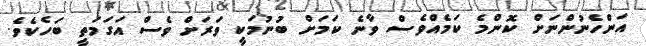
އަންހެނުންނަށް ކޮންމެ ކަމެއްވެސް ވާނެ ކަމަށް ބުނުމަކީ ވަރަށް ވެސް އަގަމަތީ ބަހެކެވެ.